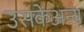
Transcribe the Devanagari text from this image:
उसकेअन्य